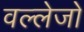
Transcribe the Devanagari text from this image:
वल्लेजो